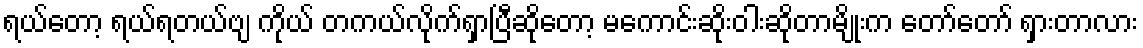
ရယ်တော့ ရယ်ရတယ်ဗျ ကိုယ် တကယ်လိုက်ရှာပြီဆိုတော့ မကောင်းဆိုးဝါးဆိုတာမျိုးက တော်တော် ရှားတာလား